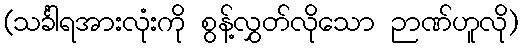
(သင်္ခါရအားလုံးကို စွန့်လွှတ်လိုသော ဉာဏ်ဟူလို)